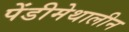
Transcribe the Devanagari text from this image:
पेंडीमेथालीन